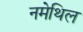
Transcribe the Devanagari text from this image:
नमेथिल